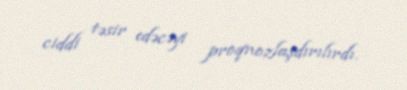
ciddi təsir edəcəyi proqnozlaşdırılırdı.